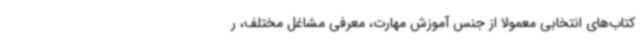
کتاب‌های انتخابی معمولاً از جنس آموزش مهارت، معرفی مشاغل مختلف، ر